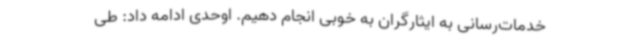
خدمات‌رسانی به ایثارگران به خوبی انجام دهیم. اوحدی ادامه داد: طی